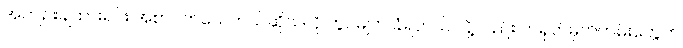
အကျဉ်းချထားရင်း အစာငတ်သေတယ်ဆိုသလို ကွပ်မျက် ခံရတယ် လို့လည်း တရုတ်မှတ်တမ်းတွေက